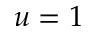
u = 1